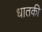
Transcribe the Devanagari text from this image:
धातकी